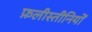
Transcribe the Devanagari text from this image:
फ़लीस्तीनियों